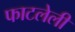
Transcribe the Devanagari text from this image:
फाटलेली